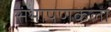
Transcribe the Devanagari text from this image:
संभाषणकला